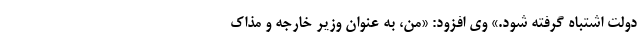
دولت اشتباه گرفته شود.» وی افزود: «من، به عنوان وزیر خارجه و مذاک